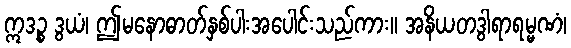
ဣဒဉ္စ ဒွယံ၊ ဤမနောဓာတ်နှစ်ပါးအပေါင်းသည်ကား။ အနိယတဒွါရာရမ္မဏံ၊